Civil Veterinary Department Bengal reports 1933-51 - 1933-1951
Year: 1933
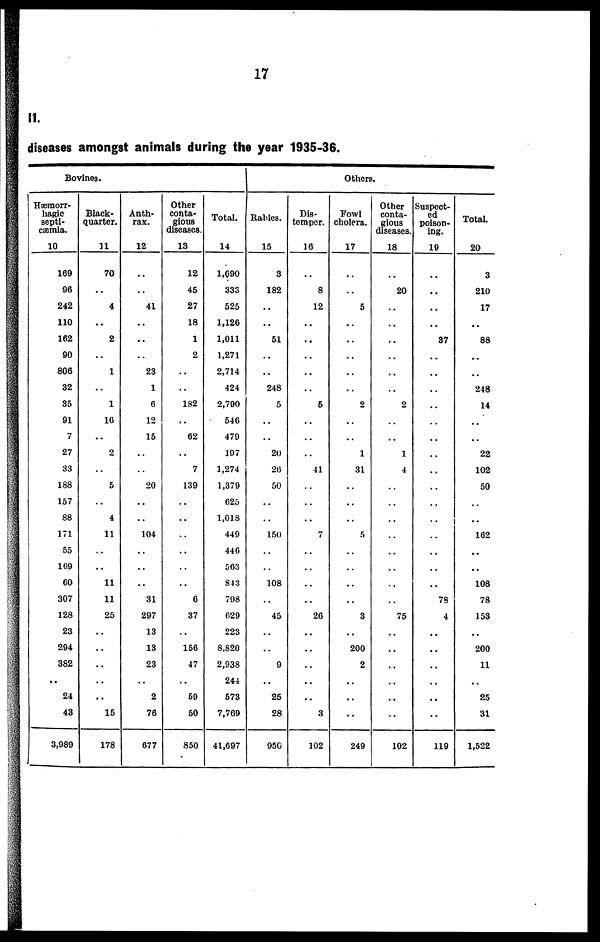
17
II.
diseases amongst animals during the year 1935-36.
Bovines.
Hæmorr-
hagic
septi-
cæmia.
10
169
96
242
110
162
90
806
32
35
91
7
27
33
188
157
88
171
55
169
60
307
128
23
294
382
..
24
43
3,989
Black-
quarter.
11
70
..
4
..
2
..
1
..
1
16
..
2
..
5
..
4
11
..
..
11
11
25
..
..
..
..
..
15
178
Anth-
rax.
12
..
..
41
..
..
..
23
1
6
12
15
..
..
20
..
..
104
..
..
..
31
297
13
13
23
..
2
76
677
Other
conta-
gious
diseases.
13
12
45
27
18
1
2
..
..
182
..
62
..
7
139
..
..
..
..
..
..
6
37
..
156
47
..
59
50
850
Total.
14
1,690
333
525
1,126
1,011
1,271
2,714
424
2,790
546
479
197
1,274
1,379
625
1,018
449
446
563
843
798
629
223
8,820
2,938
244
573
7,769
41,697
Others.
Rabies.
15
3
182
..
..
51
..
..
248
5
..
..
20
26
50
..
..
150
..
..
108
..
45
..
..
9
..
25
28
950
Dis-
temper.
16
..
8
12
..
..
..
..
..
5
..
..
..
41
..
..
..
7
..
..
..
..
26
..
..
..
..
..
3
102
Fowl
cholera.
17
..
..
5
..
..
..
..
..
2
..
..
1
31
..
..
..
5
..
..
..
..
3
..
200
2
..
..
..
249
Other
conta-
gious
diseases.
18
..
20
..
..
..
..
..
..
2
..
..
1
4
..
..
..
..
..
..
..
..
75
..
..
..
..
..
..
102
Suspect-
ed
poison-
ing.
19
..
..
..
..
37
..
..
..
..
..
..
..
..
..
..
..
..
..
..
..
78
4
..
..
..
..
..
..
119
Total.
20
3
210
17
..
88
..
..
248
14
..
..
22
102
50
..
..
162
..
..
108
78
153
..
200
11
..
25
31
1,522